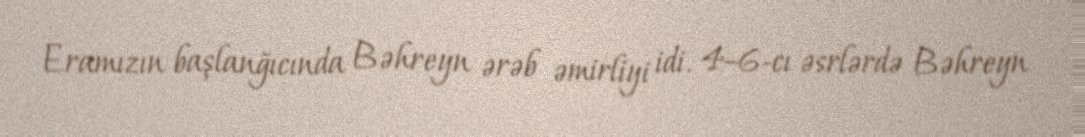
Eramızın başlanğıcında Bəhreyn ərəb əmirliyi idi. 4–6-cı əsrlərdə Bəhreyn